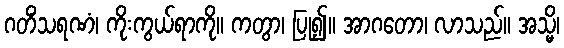
ဂတိံသရဏံ၊ ကိုးကွယ်ရာကို။ ကတွာ၊ ပြု၍။ အာဂတော၊ လာသည်။ အသ္မိ၊